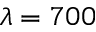
\lambda = 7 0 0